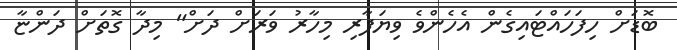
ބޮޑަށް ހިފަހައްޓައިގެން އެހެންވެ ވިޔަފާރި މިހާރު ވަރަށް ދަށް" މިދާ ގޮތަށް ދަންޏާ